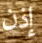
إذن